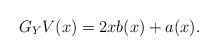
LaTeX: \begin{align*}G_Y V(x) &= 2x b(x) + a(x). \end{align*}